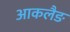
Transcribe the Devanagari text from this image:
आकलैङ